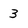
Character: 3